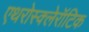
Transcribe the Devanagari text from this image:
एथरोस्क्लेरॉटिक